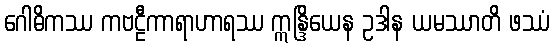
ဂေါဓိကဿ ကဗဠီကာရာဟာရဿ ဣန္ဒြိယေန ဥဒါန ယမဿာတိ ဖဿံ